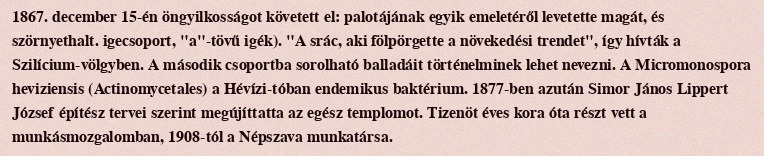
1867. december 15-én öngyilkosságot követett el: palotájának egyik emeletéről levetette magát, és szörnyethalt. igecsoport, "a"-tövű igék). "A srác, aki fölpörgette a növekedési trendet", így hívták a Szilícium-völgyben. A második csoportba sorolható balladáit történelminek lehet nevezni. A Micromonospora heviziensis (Actinomycetales) a Hévízi-tóban endemikus baktérium. 1877-ben azután Simor János Lippert József építész tervei szerint megújíttatta az egész templomot. Tizenöt éves kora óta részt vett a munkásmozgalomban, 1908-tól a Népszava munkatársa.